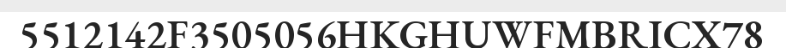
5512142F3505056HKGHUWFMBRICX78